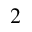
_ 2